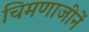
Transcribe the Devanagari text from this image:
चिमणाजीनें